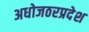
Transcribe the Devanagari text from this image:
अधोजठरप्रदेश